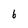
Character: 6